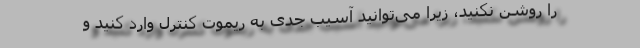
را روشن نکنید، زیرا می‌توانید آسیب جدی به ریموت کنترل وارد کنید و